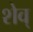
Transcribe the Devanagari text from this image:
शेव्